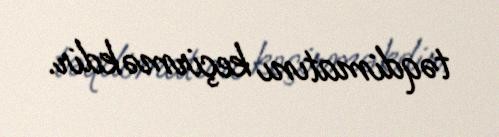
təqdimatını keçirməkdir.